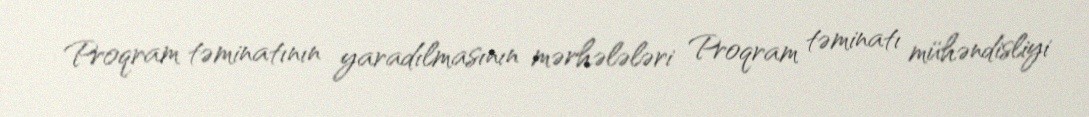
Proqram təminatının yaradılmasının mərhələləri Proqram təminatı mühəndisliyi